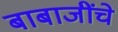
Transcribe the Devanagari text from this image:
बाबाजींचे